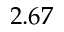
2 . 6 7